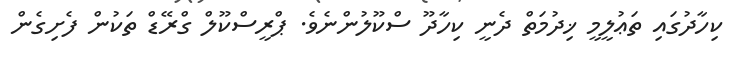
ކިހާދުގައި ތަޢުލީމީ ޚިދުމަތް ދެނީ ކިހާދޫ ސްކޫލުންނެވެ. ޕްރީސްކޫލް ގްރޭޑް ތަކުން ފެށިގެން